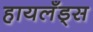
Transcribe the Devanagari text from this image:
हायलँड्स